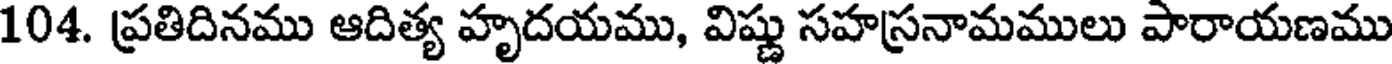
104. ప్రతిదినము ఆదిత్య హృదయము, విష్ణు సహస్రనామములు పారాయణము